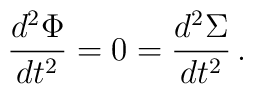
{d^2 \Phi \over dt^2} = 0 = {d^2 \Sigma \over dt^2}\,.